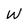
Character: W